Vaccination in Bombay 1913-1923 - 1913-1923
Year: 1913
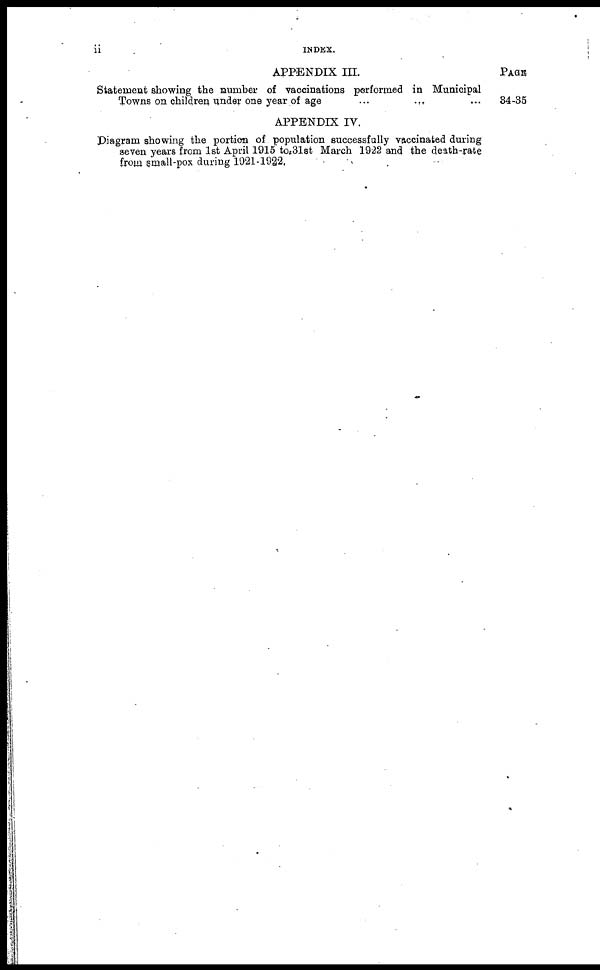
ii
INDEX.
APPENDIX III.
Statement showing the number of vaccinations performed in Municipal
Towns on children under one year of age
...
...
...
APPENDIX IV.
Diagram showing the portion of population successfully vaccinated during
seven years from 1st April 1915 to 31st March 1922 and the death-rate
from small-pox during 1921-1922.
PAGE
34-35